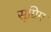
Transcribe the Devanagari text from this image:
सूग्रिम